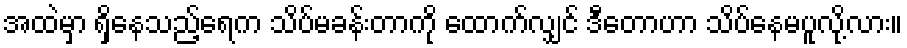
အထဲမှာ ရှိနေသည့်ရေက သိပ်မခန်းတာကို ထောက်လျှင် ဒီတောဟာ သိပ်နေမပူလို့လား။